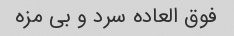
فوق العاده سرد و بی مزه